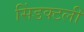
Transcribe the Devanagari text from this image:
सिंडक्टली